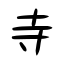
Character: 寺